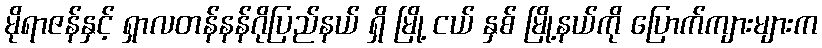
မိုရာဇန်နှင့် ရှာလတန်နန်ဂိုပြည်နယ် ရှိ မြို့ ငယ် နှစ် မြို့နယ်ကို ပြောက်ကျားများက